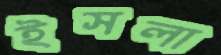
ইসলা